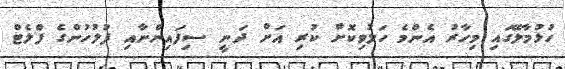
ހުޅުމާލޭގައި މިހާރު އެންމެ ހަލުވިކޮށް ކުރި އަށް ދަނީ ސިފައިންނާއި ފުލުހުންގެ ފްލެޓް